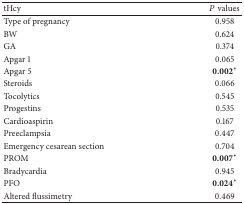
<table><thead><tr><td><b>tHcy</b></td><td><b><i>P</i> values</b></td></tr></thead><tbody><tr><td>Type of pregnancy</td><td>0.958</td></tr><tr><td>BW</td><td>0.624</td></tr><tr><td>GA</td><td>0.374</td></tr><tr><td>Apgar 1</td><td>0.065</td></tr><tr><td>Apgar 5</td><td><b>0.002</b><sup>*</sup></td></tr><tr><td>Steroids</td><td>0.066</td></tr><tr><td>Tocolytics</td><td>0.545</td></tr><tr><td>Progestins</td><td>0.535</td></tr><tr><td>Cardioaspirin</td><td>0.167</td></tr><tr><td>Preeclampsia</td><td>0.447</td></tr><tr><td>Emergency cesarean section</td><td>0.704</td></tr><tr><td>PROM</td><td><b>0.007</b><sup>*</sup></td></tr><tr><td>Bradycardia</td><td>0.945</td></tr><tr><td>PFO</td><td><b>0.024</b><sup>*</sup></td></tr><tr><td>Altered flussimetry</td><td>0.469</td></tr></tbody></table>